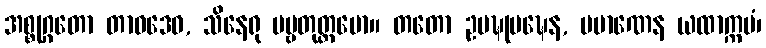
အစ္စုဂ္ဂတော တာဝဒေဝ, သိနေရု ပဗ္ဗတုတ္တမော။ တတော ဥပဍ္ဎုပဍ္ဎေန, ပမာဏေန ယထာက္ကမံ၊